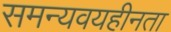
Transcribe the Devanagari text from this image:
समन्यवयहीनता